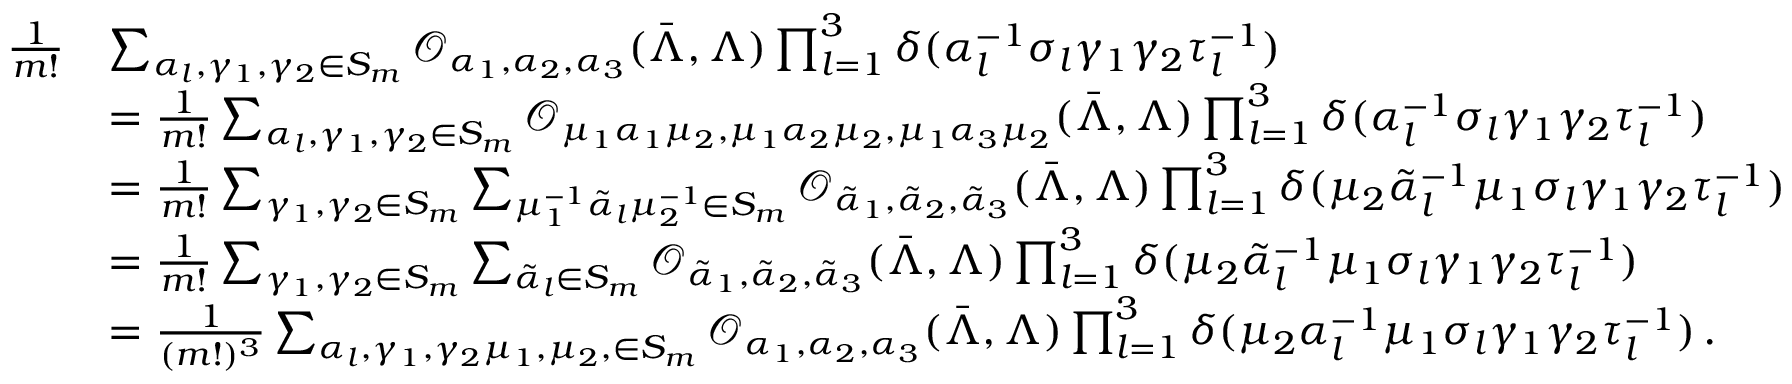
\begin{array} { r l } { \frac { 1 } { m ! } } & { \sum _ { \alpha _ { l } , \gamma _ { 1 } , \gamma _ { 2 } \in S _ { m } } \mathcal { O } _ { \alpha _ { 1 } , \alpha _ { 2 } , \alpha _ { 3 } } ( \bar { \Lambda } , \Lambda ) \prod _ { l = 1 } ^ { 3 } \delta ( \alpha _ { l } ^ { - 1 } \sigma _ { l } \gamma _ { 1 } \gamma _ { 2 } \tau _ { l } ^ { - 1 } ) } \\ & { = \frac { 1 } { m ! } \sum _ { \alpha _ { l } , \gamma _ { 1 } , \gamma _ { 2 } \in S _ { m } } \mathcal { O } _ { \mu _ { 1 } \alpha _ { 1 } \mu _ { 2 } , \mu _ { 1 } \alpha _ { 2 } \mu _ { 2 } , \mu _ { 1 } \alpha _ { 3 } \mu _ { 2 } } ( \bar { \Lambda } , \Lambda ) \prod _ { l = 1 } ^ { 3 } \delta ( \alpha _ { l } ^ { - 1 } \sigma _ { l } \gamma _ { 1 } \gamma _ { 2 } \tau _ { l } ^ { - 1 } ) } \\ & { = \frac { 1 } { m ! } \sum _ { \gamma _ { 1 } , \gamma _ { 2 } \in S _ { m } } \sum _ { \mu _ { 1 } ^ { - 1 } \tilde { \alpha } _ { l } \mu _ { 2 } ^ { - 1 } \in S _ { m } } \mathcal { O } _ { \tilde { \alpha } _ { 1 } , \tilde { \alpha } _ { 2 } , \tilde { \alpha } _ { 3 } } ( \bar { \Lambda } , \Lambda ) \prod _ { l = 1 } ^ { 3 } \delta ( \mu _ { 2 } \tilde { \alpha } _ { l } ^ { - 1 } \mu _ { 1 } \sigma _ { l } \gamma _ { 1 } \gamma _ { 2 } \tau _ { l } ^ { - 1 } ) } \\ & { = \frac { 1 } { m ! } \sum _ { \gamma _ { 1 } , \gamma _ { 2 } \in S _ { m } } \sum _ { \tilde { \alpha } _ { l } \in S _ { m } } \mathcal { O } _ { \tilde { \alpha } _ { 1 } , \tilde { \alpha } _ { 2 } , \tilde { \alpha } _ { 3 } } ( \bar { \Lambda } , \Lambda ) \prod _ { l = 1 } ^ { 3 } \delta ( \mu _ { 2 } \tilde { \alpha } _ { l } ^ { - 1 } \mu _ { 1 } \sigma _ { l } \gamma _ { 1 } \gamma _ { 2 } \tau _ { l } ^ { - 1 } ) } \\ & { = \frac { 1 } { ( m ! ) ^ { 3 } } \sum _ { \alpha _ { l } , \gamma _ { 1 } , \gamma _ { 2 } \mu _ { 1 } , \mu _ { 2 } , \in S _ { m } } \mathcal { O } _ { \alpha _ { 1 } , \alpha _ { 2 } , \alpha _ { 3 } } ( \bar { \Lambda } , \Lambda ) \prod _ { l = 1 } ^ { 3 } \delta ( \mu _ { 2 } \alpha _ { l } ^ { - 1 } \mu _ { 1 } \sigma _ { l } \gamma _ { 1 } \gamma _ { 2 } \tau _ { l } ^ { - 1 } ) \, . } \end{array}